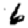
Digit: 6